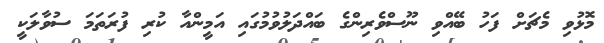
މޮޅުވި މެޗަށް ފަހު ބޭއްވި ނޫސްވެރިންގެ ބައްދަލުވުމުގައި އަމީންއާ ކުރި ފުރަތަމަ ސުވާލަކީ